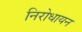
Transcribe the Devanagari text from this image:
निरोधायन